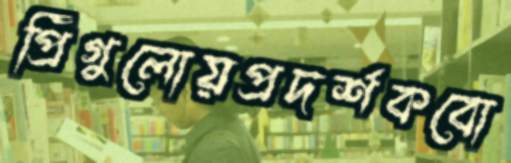
প্রিঁগুলোয়প্রদর্শকবো